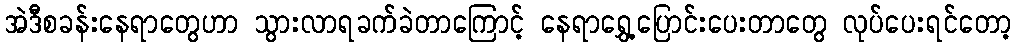
အဲဒီစခန်းနေရာတွေဟာ သွားလာရခက်ခဲတာကြောင့် နေရာရွှေ့ပြောင်းပေးတာတွေ လုပ်ပေးရင်တော့